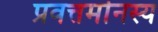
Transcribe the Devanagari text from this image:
प्रवत्तर्मानस्य